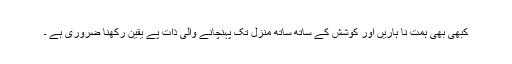
کبھی بھی ہمت نا ہاریں اور کوشش کے ساتھ ساتھ منزل تک پہنچانے والی ذات پے یقین رکھنا ضروری ہے ۔